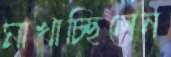
মাখাচ্ছিলেন